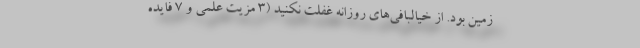
زمین بود. از خیالبافی‌های روزانه غفلت نکنید (3 مزیت‌ علمی و 7 فایده